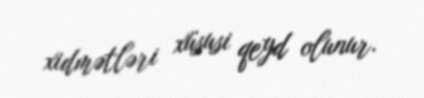
xidmətləri xüsusi qeyd olunur.